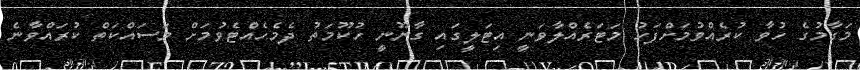
މަގާމުގެ ހުވާ ކުރެއްވުމަށްފަހު މަޓަރެއްލާވަނީ އިޓަލީގައި ގާނޫނީ ހުކޫމަތު ދެމެހެއްޓެވުމަށް މަސައްކަތް ކުރައްވާނެ